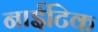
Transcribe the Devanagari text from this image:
नाईटिक